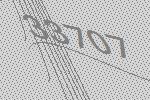
33707